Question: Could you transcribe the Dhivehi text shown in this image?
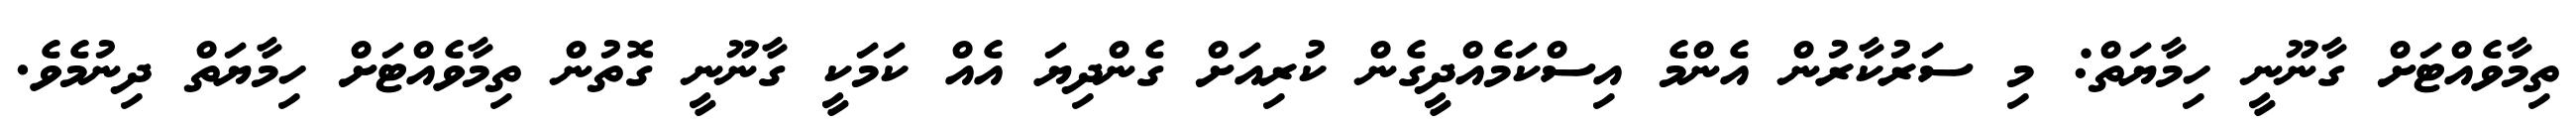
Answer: ތިމާވެއްޓަށް ގާނޫނީ ހިމާޔަތް: މި ސަރުކާރުން އެންމެ އިސްކަމެއްދީގެން ކުރިއަށް ގެންދިޔަ އެއް ކަމަކީ ގާނޫނީ ގޮތުން ތިމާވެއްޓަށް ހިމާޔަތް ދިނުމެވެ.